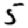
Digit: 5